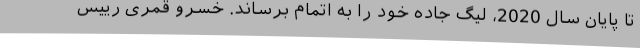
تا پایان سال 2020، لیگ جاده خود را به اتمام برساند. خسرو قمری رییس